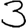
Digit: 3